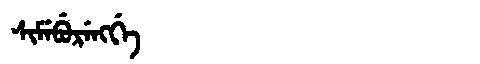
Manchu: ᠰᡳᠮᡝᠪᡠᡵᡝᠩᡤᡝ
Romanization: SIMEBURENGGE